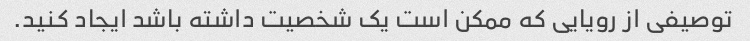
توصیفی از رویایی که ممکن است یک شخصیت داشته باشد ایجاد کنید.